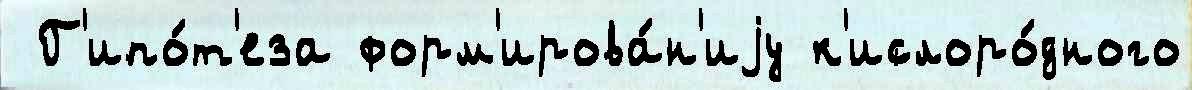
 Г'ипо́т'еза форм'ирова́н'иjу к'ислоро́дного